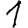
Digit: 1